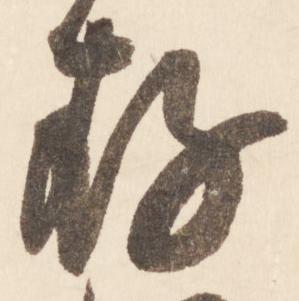
存